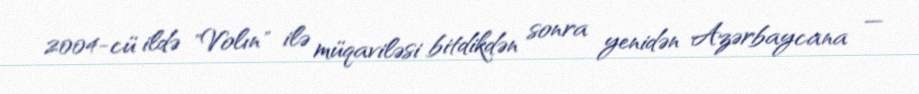
2004-cü ildə "Volın" ilə müqaviləsi bitdikdən sonra yenidən Azərbaycana —